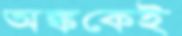
অঙ্ককেই